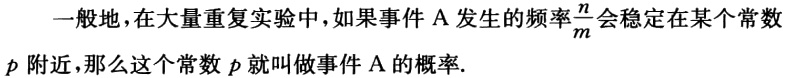
一般地，在大量重复实验中，如果事件 A 发生的频率$\frac{n}{m}$会稳定在某个常数$p$附近，那么这个常数$p$就叫做事件 A 的概率.